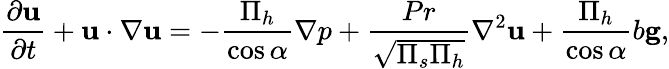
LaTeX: \frac{\partial\mathbf{u}}{\partial t}+\mathbf{u}\cdot\nabla\mathbf{u}=-\frac{\Pi_{h}}{\cos\alpha}\nabla p+\frac{Pr}{\sqrt{\Pi_{s}\Pi_{h}}}\nabla^{2}\mathbf{u}+\frac{\Pi_{h}}{\cos\alpha}b\mathbf{g},